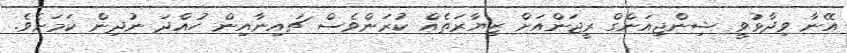
އޭނާ ވިދާޅުވީ ޝިންޖިއަންގް ރީޖަންއަށް ޒިޔާރަތެއް ކުރަންވެސް ޗައިނާއިން ހުއްދަ ނުދިން ކަމަށެވެ.